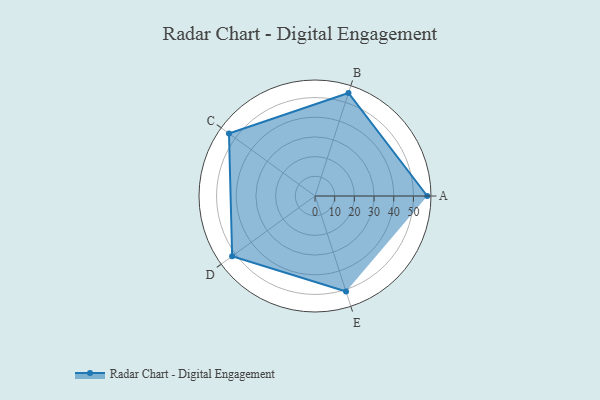
{"axis": {"x": "Skill", "y": "Score"}, "legend": ["Profile"], "data": [{"x": "A", "y": 57.0, "type": "Profile"}, {"x": "B", "y": 55.0, "type": "Profile"}, {"x": "C", "y": 54.0, "type": "Profile"}, {"x": "D", "y": 52.0, "type": "Profile"}, {"x": "E", "y": 51.0, "type": "Profile"}]}